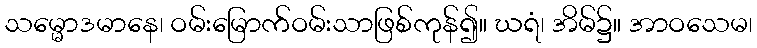
သမ္မောဒမာနေ၊ ဝမ်းမြောက်ဝမ်းသာဖြစ်ကုန်၍။ ဃရံ၊ အိမ်၌။ အာဝသေမ၊